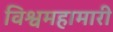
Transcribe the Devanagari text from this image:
विश्वमहामारी